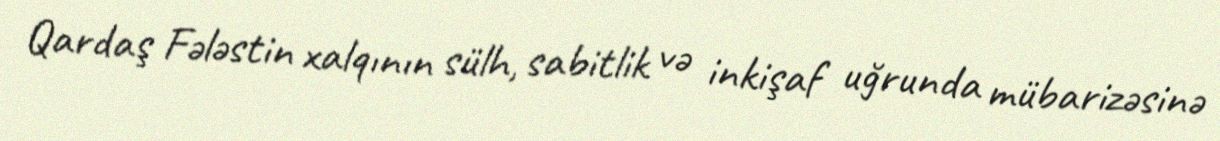
Qardaş Fələstin xalqının sülh, sabitlik və inkişaf uğrunda mübarizəsinə